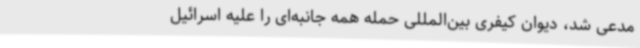
مدعی شد، دیوان کیفری بین‌المللی حمله همه جانبه‌ای را علیه اسرائیل